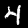
Digit: 4